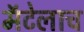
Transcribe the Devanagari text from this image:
मॅटेलाच